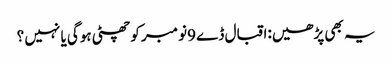
یہ بھی پڑھیں:اقبال ڈے 9نومبر کو چھٹی ہوگی یا نہیں ؟